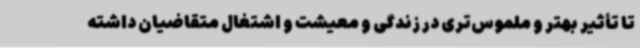
تا تأثیر بهتر و ملموس‌تری در زندگی و معیشت و اشتغال متقاضیان داشته